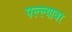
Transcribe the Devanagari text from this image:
पल्ल्यावर